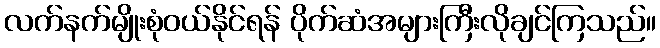
လက်နက်မျိုးစုံဝယ်နိုင်ရန် ပိုက်ဆံအများကြီးလိုချင်ကြသည်။